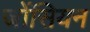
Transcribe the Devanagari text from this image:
जोंसियन